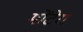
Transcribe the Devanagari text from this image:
मोंटेरा